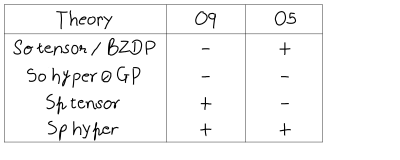
\begin{array} { | c | | c | c | } \hline { { \strut \mathrm { T h e o r y } } } & { { \quad O 9 \quad } } & { { \quad O 5 \quad } } \\ \hline { { \strut S o \mathrm { ~ t e n s o r ~ / ~ B Z D P } } } & { { \quad - \quad } } & { { \quad + \quad } } \\ { { S o \mathrm { ~ h y p e r ~ / ~ G P } } } & { { \quad - \quad } } & { { \quad - \quad } } \\ { { S p \mathrm { ~ t e n s o r ~ } } } & { { \quad + \quad } } & { { \quad - \quad } } \\ { { S p \mathrm { ~ h y p e r ~ } } } & { { \quad + \quad } } & { { \quad + \quad } } \\ \hline { { } } \\ \end{array}